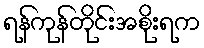
ရန်ကုန်တိုင်းအစိုးရက